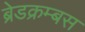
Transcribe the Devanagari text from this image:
ब्रेडक्रम्बस